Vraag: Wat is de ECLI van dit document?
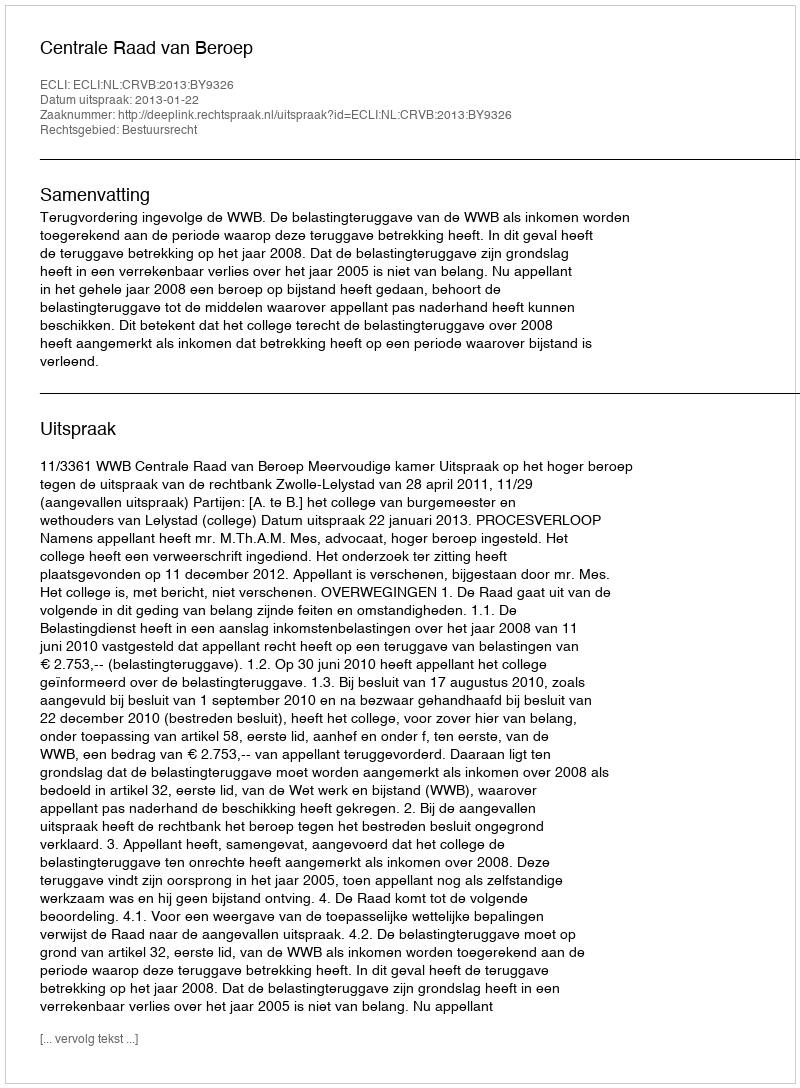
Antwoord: ECLI:NL:CRVB:2013:BY9326